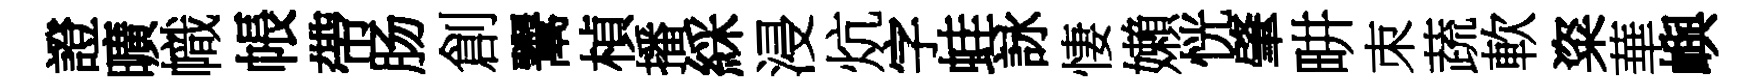
證曠幟帳帶肠創鬻楨播綵浸炕字蛙詠悽嬾恍肇畊朿蔬軟粢華嶼